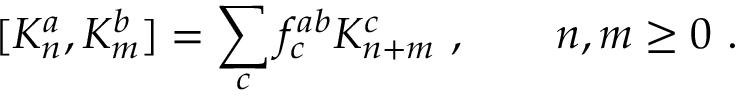
[ K _ { n } ^ { a } , K _ { m } ^ { b } ] = \sum _ { c } f _ { c } ^ { a b } K _ { n + m } ^ { c } \ , \qquad n , m \ge 0 \ .